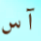
آس